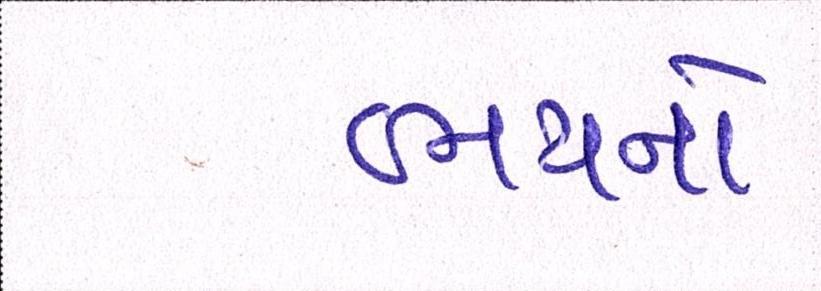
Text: ભયનો